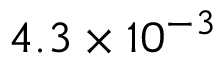
4 . 3 \times 1 0 ^ { - 3 }